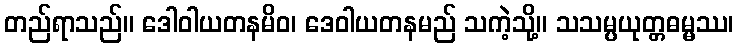
တည်ရာသည်။ ဒေါဝါယတနမိဝ၊ ဒေဝါယတနမည် သကဲ့သို့။ သသမ္ပယုတ္တဓမ္မဿ၊